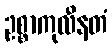
ဥစ္စာကုလီနတံ